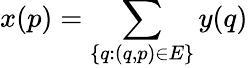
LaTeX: x(p)=\sum_{\{ q:(q,p)\in E\} }y(q)